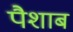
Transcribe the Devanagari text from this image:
पैशाब